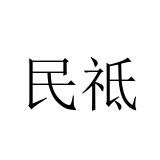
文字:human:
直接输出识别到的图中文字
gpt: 民祗